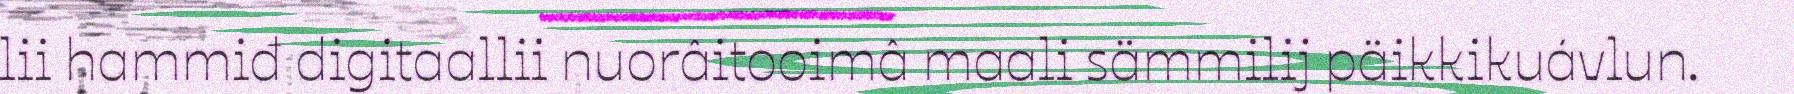
lii hammiđ digitaallii nuorâitooimâ maali sämmilij päikkikuávlun.